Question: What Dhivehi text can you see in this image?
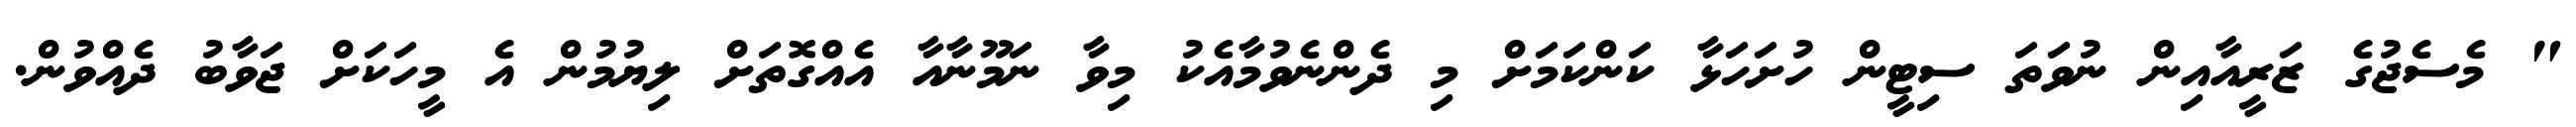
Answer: " މެސެޖުގެ ޒަރީއާއިން ނުވަތަ ސިޓީން ހުށަހަޅާ ކަންކަމަށް މި ދެންނެވުމާއެކު މިވާ ނަމޫނާއާ އެއްގޮތަށް ލިޔުމުން އެ މީހަކަށް ޖަވާބު ދެއްވުން.